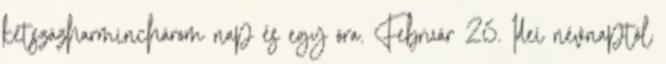
kétszázharminchárom nap és egy óra. Február 26. Idei névnaptól